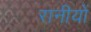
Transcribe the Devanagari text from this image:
रानीयों